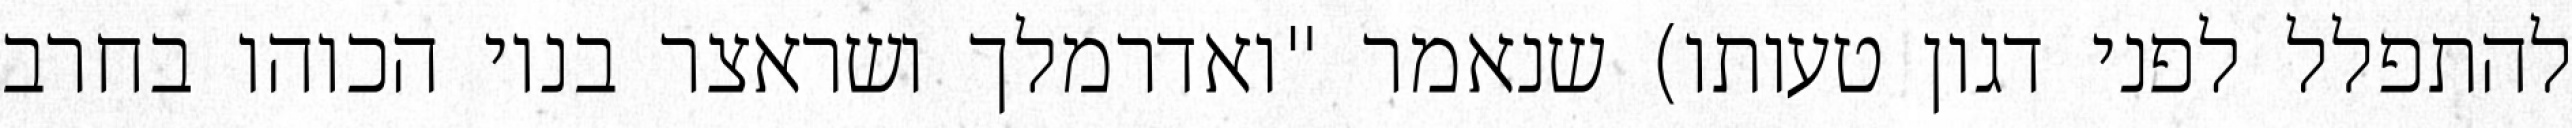
להתפלל לפני דגון טעותו) שנאמר "ואדרמלך ושראצר בניו הכוהו בחרב